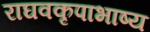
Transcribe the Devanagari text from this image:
राघवकृपाभाष्य